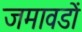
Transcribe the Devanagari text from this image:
जमावडों